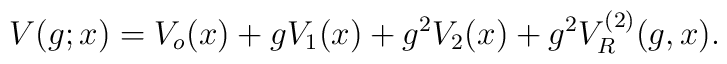
V(g;x)=V_o(x)+gV_1(x)+g^2V_2(x)+g^2V^{(2)}_R(g,x).